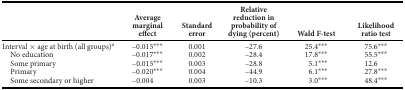
<table><thead><tr><td></td><td><b>Average marginal effect</b></td><td><b>Standard error</b></td><td><b>Relative reduction in probability of dying (percent)</b></td><td><b>Wald F‐test</b></td><td><b>Likelihood ratio test</b></td></tr></thead><tbody><tr><td>Interval × age at birth (all groups)a</td><td>–0.015***</td><td>0.001</td><td>–27.6</td><td>25.4***</td><td>75.6***</td></tr><tr><td>No education</td><td>–0.017***</td><td>0.002</td><td>–28.4</td><td>17.8***</td><td>55.5***</td></tr><tr><td>Some primary</td><td>–0.015***</td><td>0.003</td><td>–28.8</td><td>5.1***</td><td>12.6</td></tr><tr><td>Primary</td><td>–0.020***</td><td>0.004</td><td>–44.9</td><td>6.1***</td><td>27.8***</td></tr><tr><td>Some secondary or higher</td><td>–0.004</td><td>0.003</td><td>–10.3</td><td>3.0***</td><td>48.4***</td></tr></tbody></table>